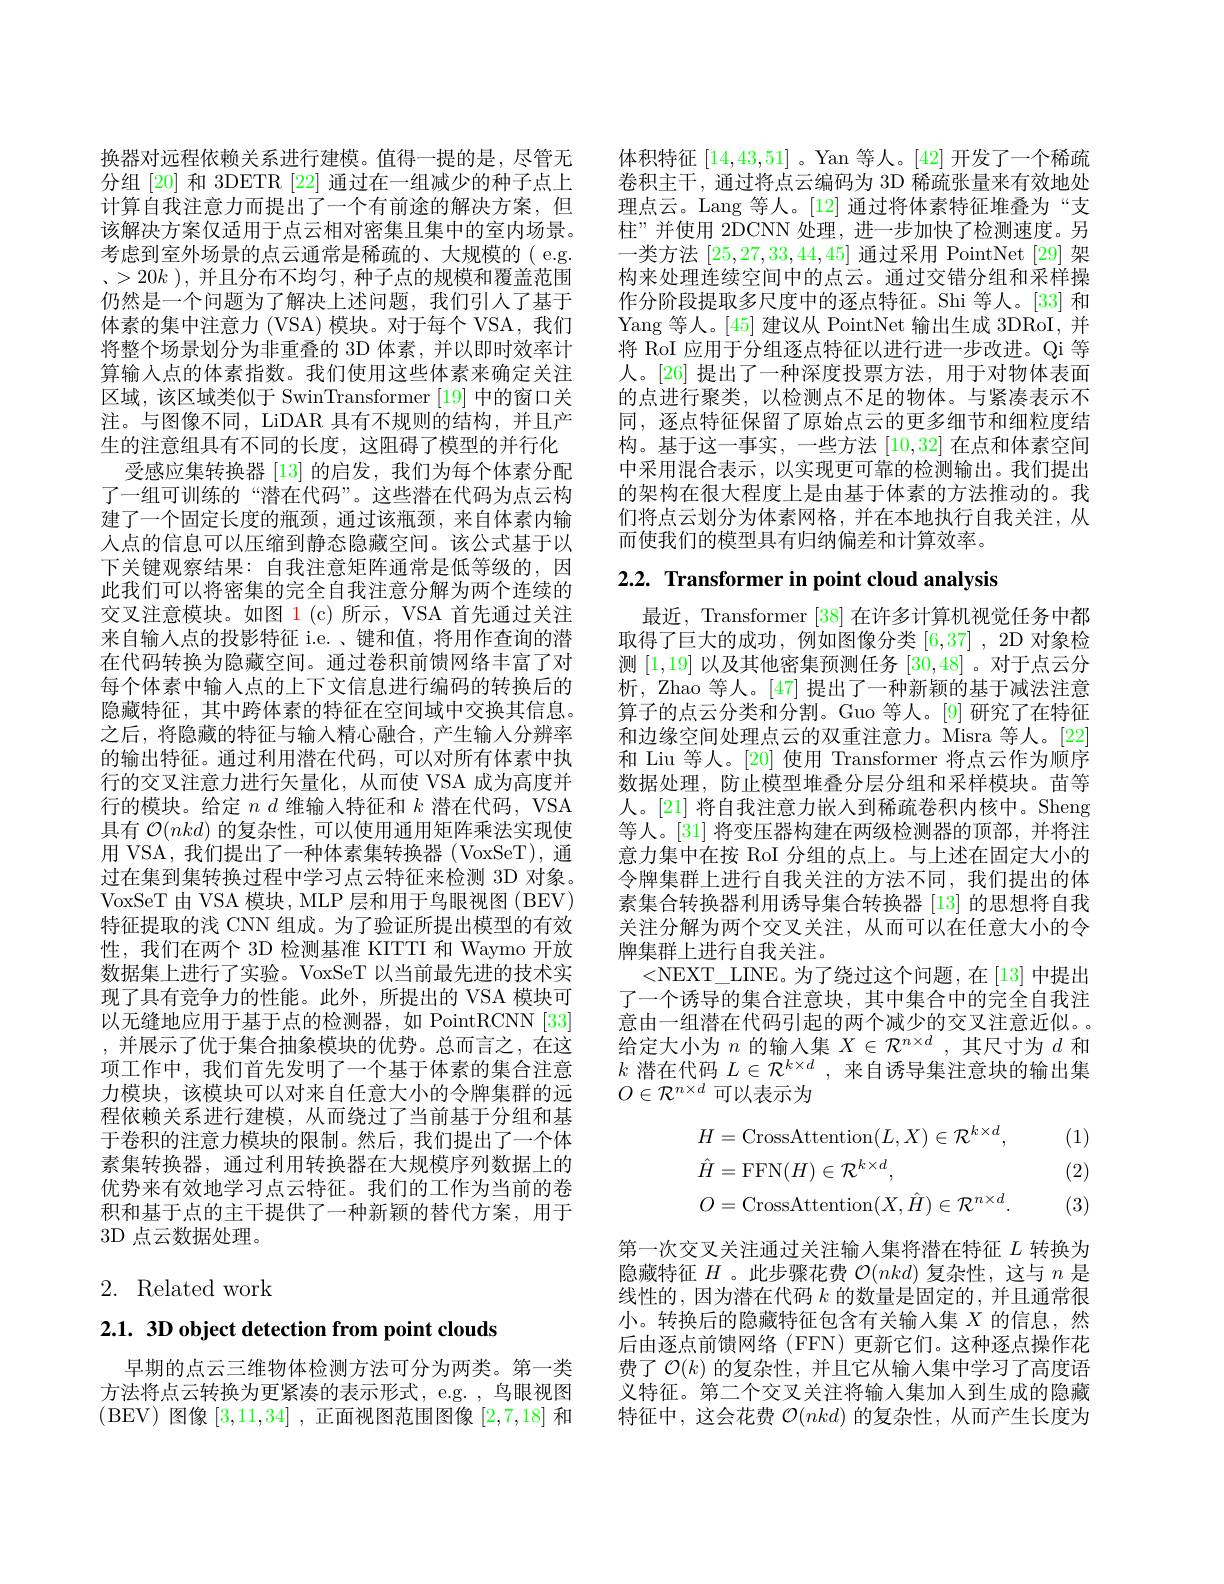
换器对远程依赖关系进行建模。值得一提的是，尽管无分组[20] 和 3DETR [22] 通过在一组减少的种子点上计算自我注意力而提出了一个有前途的解决方案，但该解决方案仅适用于点云相对密集且集中的室内场景。考虑到室外场景的点云通常是稀疏的、大规模的(e.g. 、$>20k$ ),并且分布不均匀，种子点的规模和覆盖范围仍然是一个问题为了解决上述问题，我们引人了基于体素的集中注意力 (VSA) 模块。对于每个 VSA, 我们将整个场景划分为非重叠的 3D 体素，并以即时效率计算输入点的体素指数。我们使用这些体素来确定关注区域，该区域类似于 SwinTransformer [19] 中的窗口关注。与图像不同，LiDAR 具有不规则的结构，并且产生的注意组具有不同的长度，这阻碍了模型的并行化
受感应集转换器 [13] 的启发，我们为每个体素分配了一组可训练的“潜在代码”。这些潜在代码为点云构建了一个固定长度的瓶颈，通过该瓶颈，来自体素内输入点的信息可以压缩到静态隐藏空间。该公式基于以下关键观察结果：自我注意矩阵通常是低等级的，因此我们可以将密集的完全自我注意分解为两个连续的交叉注意模块。如图$\color{red}1(\mathrm{c})$所示，VSA 首先通过关注来自输入点的投影特征 i.e.、键和值，将用作查询的潜在代码转换为隐藏空间。通过卷积前馈网络丰富了对每个体素中输入点的上下文信息进行编码的转换后的隐藏特征，其中跨体素的特征在空间域中交换其信息。之后，将隐藏的特征与输入精心融合，产生输人分辨率的输出特征。通过利用潜在代码，可以对所有体素中执行的交叉注意力进行矢量化，从而使 VSA 成为高度并行的模块。给定$nd$维输入特征和$k$潜在代码，VSA 具有$\mathcal{O}(nkd)$的复杂性，可以使用通用矩阵乘法实现使用 VSA, 我们提出了一种体素集转换器 ( VoxSeT), 通过在集到集转换过程中学习点云特征来检测 3D 对象。VoxSeT 由 VSA 模块，MLP 层和用于鸟眼视图 (BEV) 特征提取的浅 CNN 组成。为了验证所提出模型的有效性，我们在两个 3D 检测基准 KITTI 和 Waymo 开放数据集上进行了实验。VoxSeT 以当前最先进的技术实现了具有竞争力的性能。此外，所提出的 VSA 模块可以无缝地应用于基于点的检测器，如 PointRCNN [33] ,并展示了优于集合抽象模块的优势。总而言之，在这项工作中，我们首先发明了一个基于体素的集合注意力模块，该模块可以对来自任意大小的令牌集群的远程依赖关系进行建模，从而绕过了当前基于分组和基于卷积的注意力模块的限制。然后，我们提出了一个体素集转换器，通过利用转换器在大规模序列数据上的优势来有效地学习点云特征。我们的工作为当前的卷积和基于点的主干提供了一种新颖的替代方案，用于3D 点云数据处理。

# 2. Related work

$2.1.3D$ object detection from point clouds

早期的点云三维物体检测方法可分为两类。第一类方法将点云转换为更紧凑的表示形式，e.g. , 鸟眼视图(BEV)图像[3,11,34] ,正面视图范围图像 [2,7,18] 和

体积特征[14,43,51] 。Yan 等人。[42]开发了一个稀疏卷积主干，通过将点云编码为 3D 稀疏张量来有效地处理点云。Lang 等人。[12] 通过将体素特征堆叠为“支柱”并使用 2DCNN 处理，进一步加快了检测速度。另一类方法[25,27,33,44,45]通过采用 PointNet [29]架构来处理连续空间中的点云。通过交错分组和采样操作分阶段提取多尺度中的逐点特征。Shi 等人。[33] 和Yang 等人。[45] 建议从 PointNet 输出生成 3DRoI, 并将 RoI 应用于分组逐点特征以进行进一步改进。Qi 等人。[26] 提出了一种深度投票方法，用于对物体表面的点进行聚类，以检测点不足的物体。与紧凑表示不同，逐点特征保留了原始点云的更多细节和细粒度结构。基于这一事实，一些方法[10,32]在点和体素空间中采用混合表示，以实现更可靠的检测输出。我们提出的架构在很大程度上是由基于体素的方法推动的。我们将点云划分为体素网格，并在本地执行自我关注，从而使我们的模型具有归纳偏差和计算效率。

# 2.2. Transformer in point cloud analysis

最近，Transformer [38] 在许多计算机视觉任务中都取得了巨大的成功，例如图像分类[6,37],2D 对象检测[1,19]以及其他密集预测任务[30,48] 。对于点云分析，Zhao 等人。[47] 提出了一种新颖的基于减法注意算子的点云分类和分割。Guo 等人。[9] 研究了在特征和边缘空间处理点云的双重注意力。Misra 等人。[22] 和 Liu 等人。[20] 使用 Transformer 将点云作为顺序数据处理，防止模型堆叠分层分组和采样模块。苗等人。[21] 将自我注意力嵌人到稀疏卷积内核中。Sheng 等人。[31] 将变压器构建在两级检测器的顶部，并将注意力集中在按 RoI 分组的点上。与上述在固定大小的令牌集群上进行自我关注的方法不同，我们提出的体素集合转换器利用诱导集合转换器 [13] 的思想将自我关注分解为两个交叉关注，从而可以在任意大小的令牌集群上进行自我关注。
<NEXT\_LINE。为了绕过这个问题，在[13] 中提出了一个诱导的集合注意块，其中集合中的完全自我注意由一组潜在代码引起的两个减少的交叉注意近似。给定大小为$n$的输入集$X\in\mathcal{R}^n\times d$,其尺寸为$d$和$k$潜在代码$L\in\mathcal{R}^k\times d$,来自诱导集注意块的输出集$O\in\mathcal{R}^{n\times d}$可以表示为

(1)
$$\begin{aligned}&H=\mathrm{CrossAttention}(L,X)\in\mathcal{R}^{k\times d},\\&\hat{H}=\mathrm{FFN}(H)\in\mathcal{R}^{k\times d},\\&O=\mathrm{CrossAttention}(X,\hat{H})\in\mathcal{R}^{n\times d}.\end{aligned}$$
(2)

(3)

第一次交叉关注通过关注输入集将潜在特征$L$转换为隐藏特征$H$ 。此步骤花费$\mathcal{O}(nkd)$复杂性，这与$n$是线性的，因为潜在代码$k$的数量是固定的，并且通常很小。转换后的隐藏特征包含有关输入集$X$的信息，然后由逐点前馈网络 (FFN) 更新它们。这种逐点操作花费了$\mathcal{O}(k)$的复杂性，并且它从输入集中学习了高度语义特征。第二个交叉关注将输人集加人到生成的隐藏特征中，这会花费$\mathcal{O}(nkd)$的复杂性，从而产生长度为